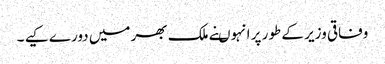
وفاقی وزیر کے طور پر انہوںنے ملک بھر میں دورے کیے ۔